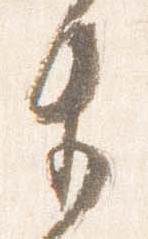
生